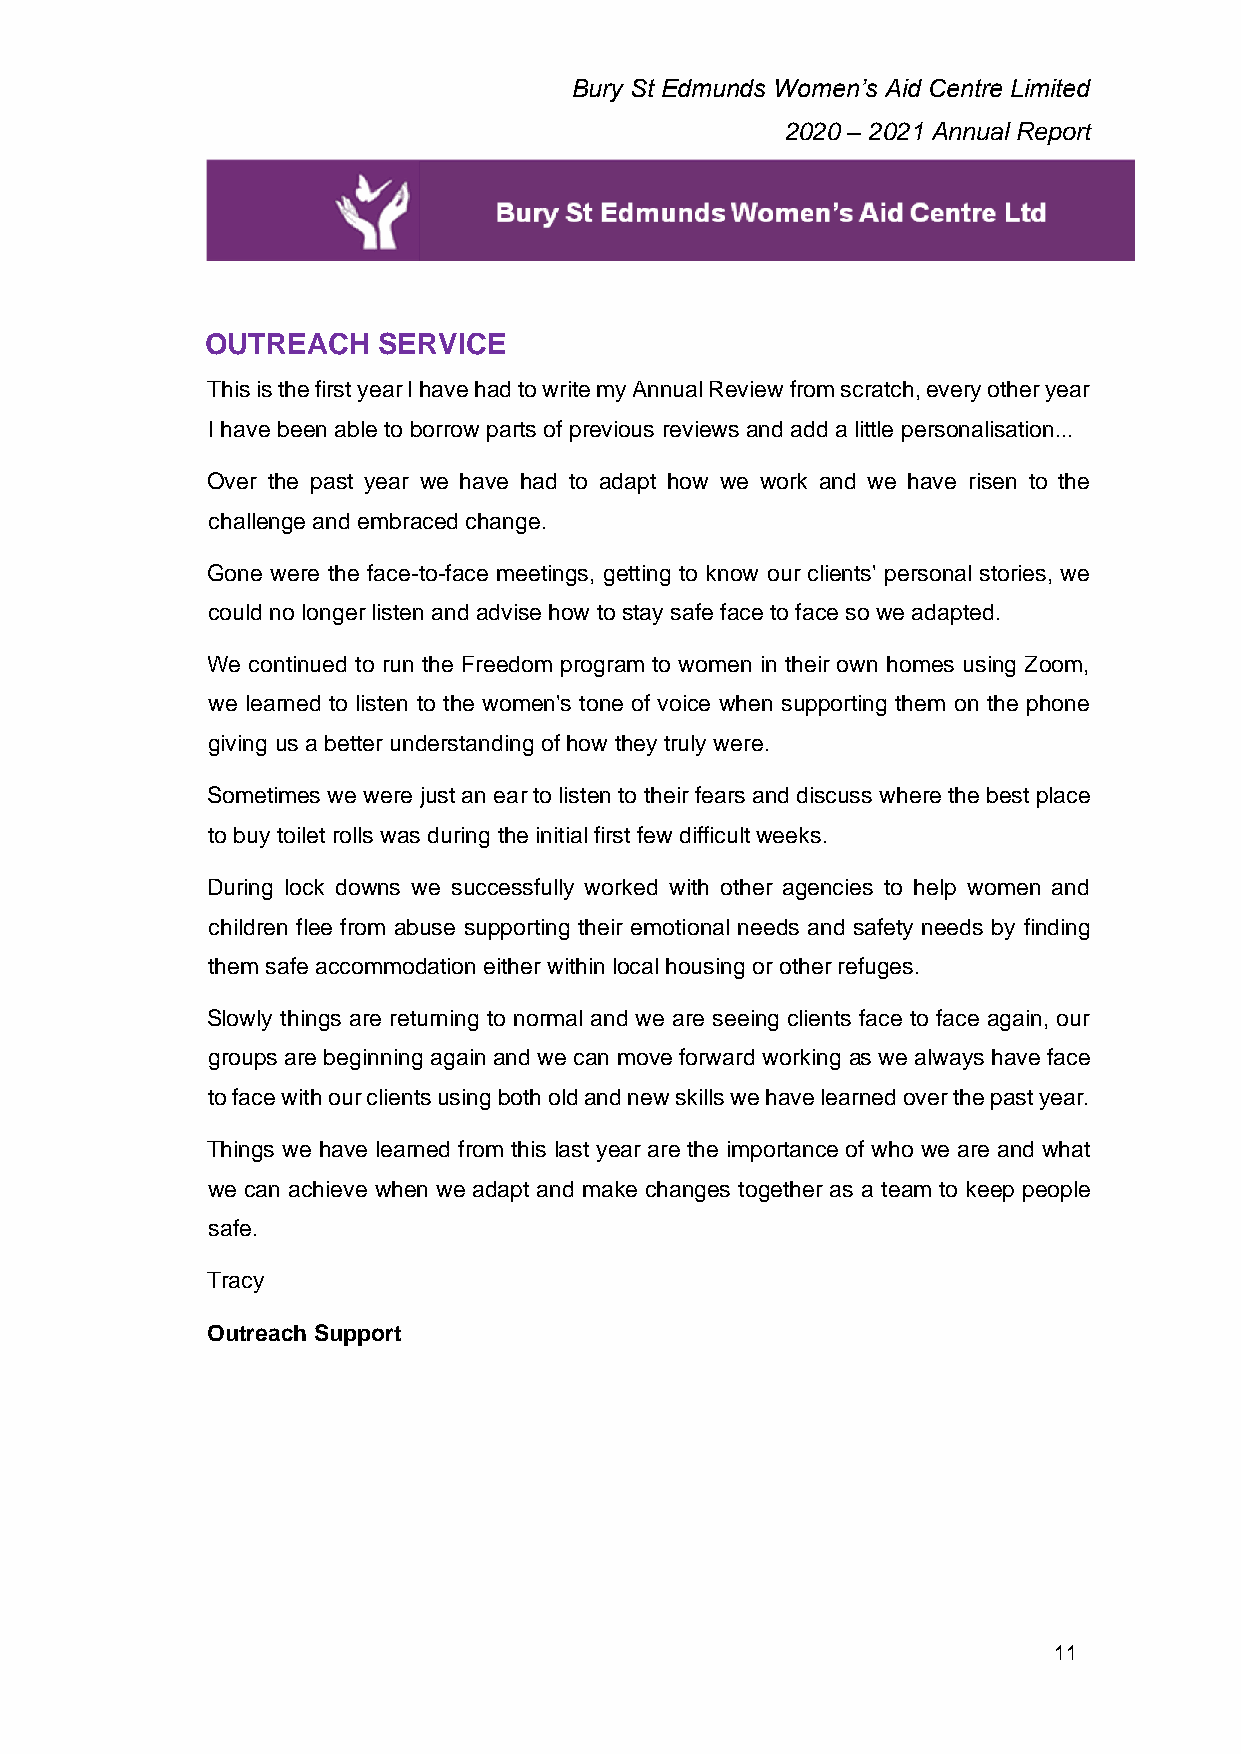
Bury St Edmunds Women’s Aid Centre Limited
 2020 – 2021 Annual Report
 OUTREACH   SERVICE
 This is the first year I have had to write my Annual Review from scratch, every other year
 I have been able to borrow parts of previous reviews and add a little personalisation...
 Over the past year we have had to adapt how we work and we have risen to the
 challenge and embraced change.
 Gone were the face-to-face meetings, getting to know our clients' personal stories, we
 could no longer listen and advise how to stay safe face to face so we adapted.
 We continued to run the Freedom program to women in their own homes using Zoom,
 we learned to listen to the women's tone of voice when supporting them on the phone
 giving us a better understanding of how they truly were.
 Sometimes we were just an ear to listen to their fears and discuss where the best place
 to buy toilet rolls was during the initial first few difficult weeks.
 During lock downs we successfully worked with other agencies to help women and
 children flee from abuse supporting their emotional needs and safety needs by finding
 them safe accommodation either within local housing or other refuges.
 Slowly things are returning to normal and we are seeing clients face to face again, our
 groups are beginning again and we can move forward working as we always have face
 to face with our clients using both old and new skills we have learned over the past year.
 Things we have learned from this last year are the importance of who we are and what
 we can achieve when we adapt and make changes together as a team to keep people
 safe.
 Tracy
 Outreach Support
 11